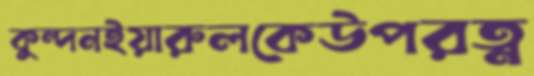
কুন্দনইয়ারুলকেউপরত্ন